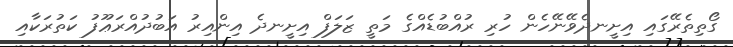
ގޯތިތެރޭގައި އިށީނދެވޭނޭހެން ހުރި ރުއްބުޑެއްގެ މަތީ ޒަލަފް އިށީނދެ އިންއިރު އަބުދުއްރަޢޫފު ކަތުރަކާއި